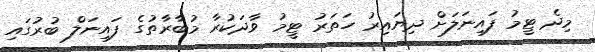
މިދެ ޓީމު ފައިނަލަށް ދިޔައިރު ހަތަރު ޓީމު ވާދަކުރާ މުބާރާތުގެ ފައިނަލް ބުރުގައި